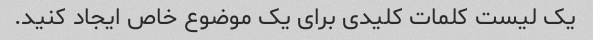
یک لیست کلمات کلیدی برای یک موضوع خاص ایجاد کنید.